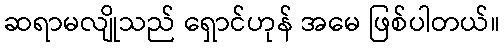
ဆရာမလျိုသည် ရှောင်ဟုန် အမေ ဖြစ်ပါတယ်။